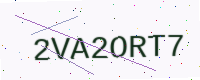
Text: 2VA2ORT7